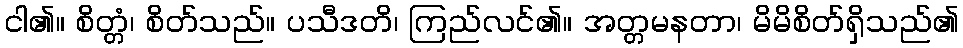
ငါ၏။ စိတ္တံ၊ စိတ်သည်။ ပသီဒတိ၊ ကြည်လင်၏။ အတ္တမနတာ၊ မိမိစိတ်ရှိသည်၏